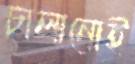
চালানোই